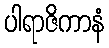
ပါရာဇိကာနံ